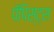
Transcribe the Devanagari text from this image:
पॅपिस्ट्स